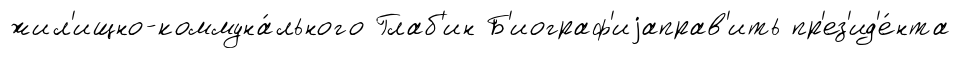
жил'ищно-коммуна́льного Глаб'ин Б'иограф'иjаправ'ить пр'ез'ид'е́нта